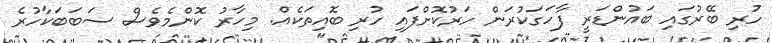
ހުރި ބޭރުގައި ބައުންޑަރީ ފާހަގަކުރަން ހަރުކޮށްފައި ހުރި ބޮއިތަކެއް. މިހާރު ކޮންމެވެސް ސަބަބަކާހުރެ